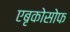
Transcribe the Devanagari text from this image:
एबृकोसोफ